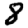
Digit: 8